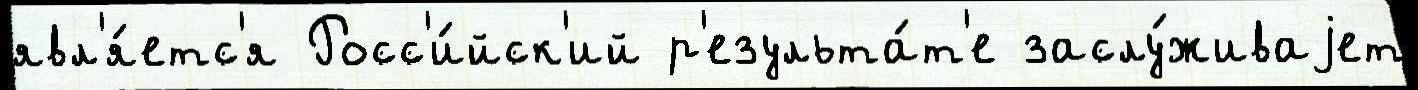
явл'я́етс'я Росс'и́йск'ий р'езульта́т'е заслу́живаjет